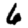
Digit: 6